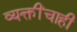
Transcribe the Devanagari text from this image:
व्यक्तींचाही